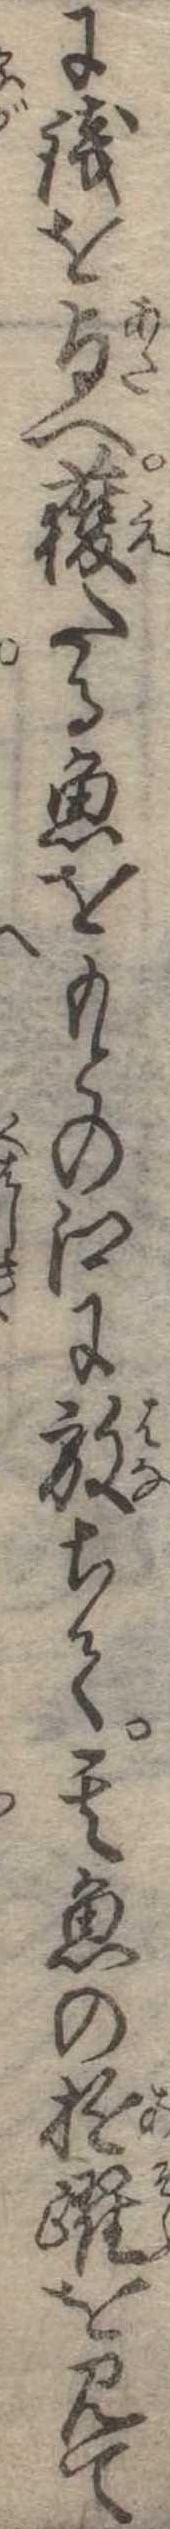
に銭を与へ獲たる魚をもとの江に放ちて其魚の遊躍を見て